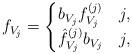
LaTeX: \begin{align*} f_{V_j} = \begin{cases} b_{V_j} f^{(j)}_{V_j} & j, \\ \hat{f}^{(j)}_{V_j} b_{V_j} & j, \end{cases}\end{align*}